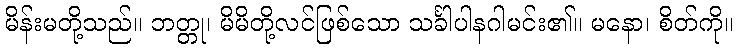
မိန်းမတို့သည်။ ဘတ္တု၊ မိမိတို့လင်ဖြစ်သော သင်္ခါပါနဂါမင်း၏။ မနော၊ စိတ်ကို။